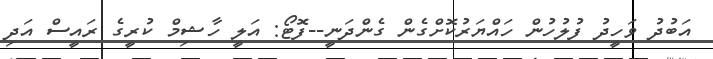
އަބުދު ވަހީދު ފުލުހުން ހައްޔަރުކޮށްގެން ގެންދަނީ--ފޮޓޯ: އަލީ ހާޝިމް ކުރީގެ ރައީސް އަދި